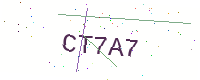
Text: CT7A7